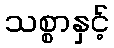
သစ္စာနှင့်